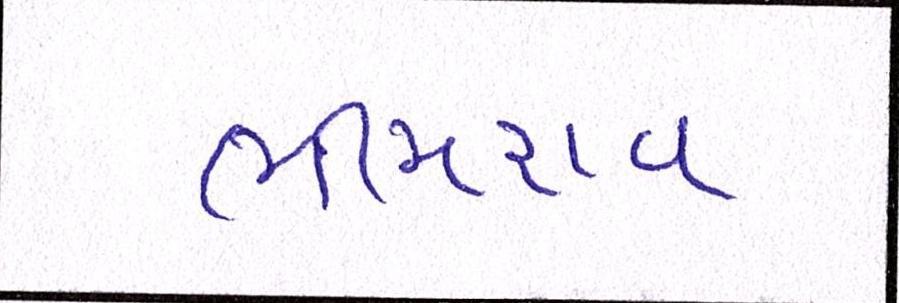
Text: ભીમરાવ